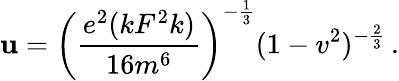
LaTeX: \mathbf{u}=\left(\frac{{e^{2}(kF^{2}k)}}{{16m^{6}}}\right)^{-\frac{{1}}{{3}}}(1-v^{2})^{-\frac{{2}}{{3}}}\, .